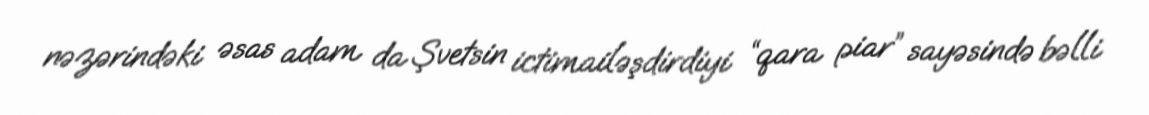
nəzərindəki əsas adam da Şvetsin ictimailəşdirdiyi “qara piar” sayəsində bəlli